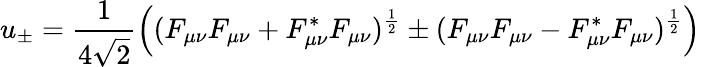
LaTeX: u_{\pm}=\frac{1}{4\sqrt{2}}\Big((F_{\mu\nu}F_{\mu\nu}+F_{\mu\nu}^{*}F_{\mu\nu})^{\frac{1}{2}}\pm(F_{\mu\nu}F_{\mu\nu}-F_{\mu\nu}^{*}F_{\mu\nu})^{\frac{1}{2}}\Big)